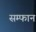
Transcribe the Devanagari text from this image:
सम्फान